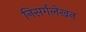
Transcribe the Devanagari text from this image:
निसर्गलेखन